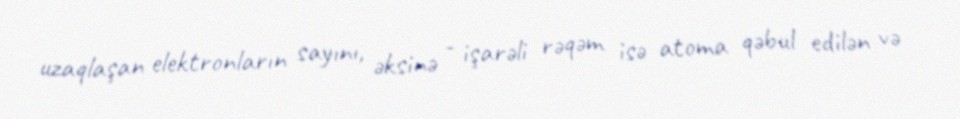
uzaqlaşan elektronların sayını, əksinə - işarəli rəqəm isə atoma qəbul edilən və